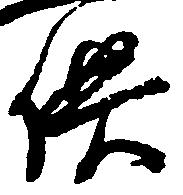
供